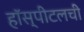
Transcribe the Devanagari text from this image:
हॉस्पीटलची